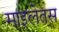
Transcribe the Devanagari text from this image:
माइलेतस